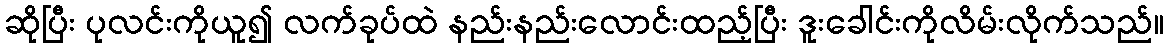
ဆိုပြီး ပုလင်းကိုယူ၍ လက်ခုပ်ထဲ နည်းနည်းလောင်းထည့်ပြီး ဒူးခေါင်းကိုလိမ်းလိုက်သည်။